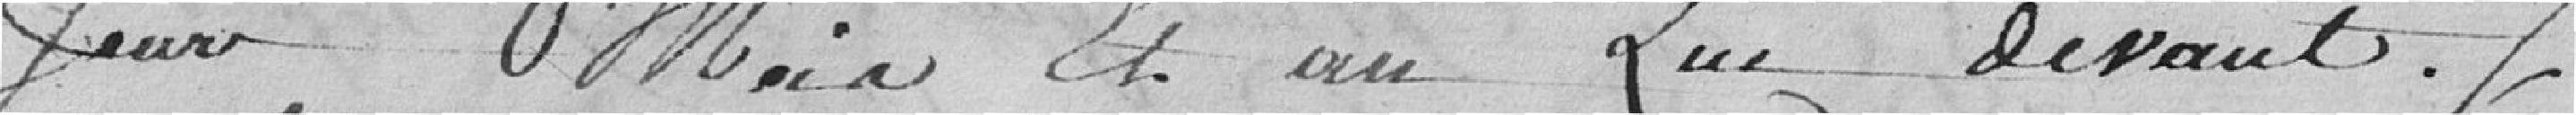
jour, mois et an que devants